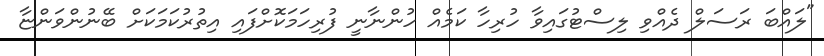
"ލައްބަ ރަސަލް ދެއްވި ލިސްޓުގައިވާ ހުރިހާ ކަމެއް ހުންނާނީ ފުރިހަމަކޮށްފައި އިތުރުކަމަކަށް ބޭނުންވަންޏާ